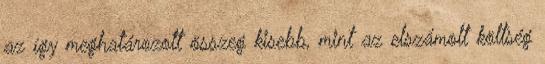
az így meghatározott összeg kisebb, mint az elszámolt költség